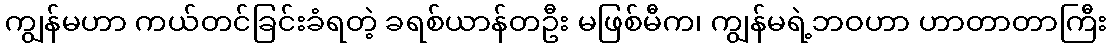
ကျွန်မဟာ ကယ်တင်ခြင်းခံရတဲ့ ခရစ်ယာန်တဦး မဖြစ်မီက၊ ကျွန်မရဲ့ဘဝဟာ ဟာတာတာကြီး